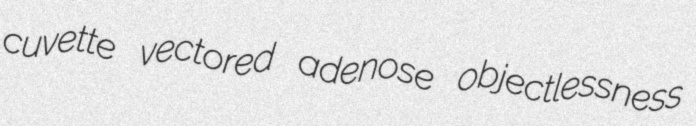
cuvette vectored adenose objectlessness